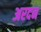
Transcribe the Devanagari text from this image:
अरदन